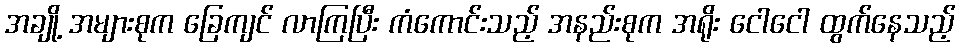
အချို့ အများစုက ခြေကျင် လာကြပြီး ကံကောင်းသည့် အနည်းစုက အရိုး ငေါငေါ ထွက်နေသည့်